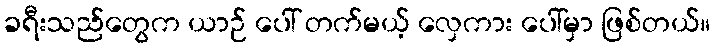
ခရီးသည်တွေက ယာဉ် ပေါ် တက်မယ့် လှေကား ပေါ်မှာ ဖြစ်တယ်။